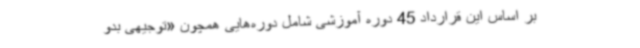
بر اساس این قرارداد 45 دوره آموزشی شامل دوره‌هایی همچون «توجیهی بدو